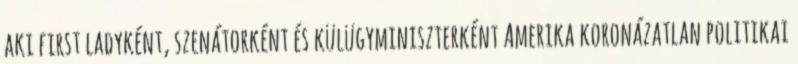
aki first ladyként, szenátorként és külügyminiszterként Amerika koronázatlan politikai